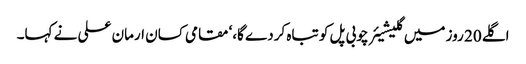
اگلے 20 روز میں گلیشیئر چوبی پل کو تباہ کردے گا،‘ مقامی کسان ارمان علی نے کہا۔